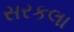
સરકલા